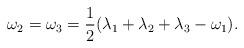
LaTeX: \begin{align*} \omega_2=\omega_3=\frac{1}{2}(\lambda_1 +\lambda_2+\lambda_3 -\omega_1). \end{align*}